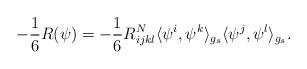
LaTeX: \begin{align*} -\frac{1}{6}R(\psi)=-\frac{1}{6}R^{N}_{ijkl}\langle \psi^i, \psi^k \rangle_{g_s} \langle \psi^j,\psi^l \rangle_{g_s}.\end{align*}